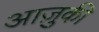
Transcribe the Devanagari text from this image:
आज़ुकी